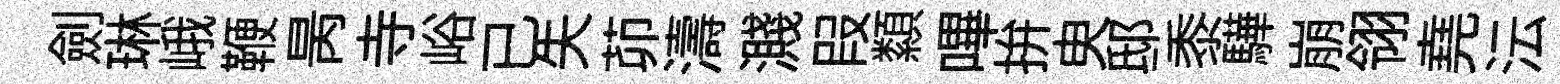
劍琳峨鞭昺寺峪已失茆濤濺叚纇嗶拚㬰邸黍驊崩翎堯沄